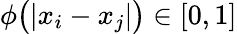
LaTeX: \phi\big(|x_{i}-x_{j}|\big)\in[0,1]